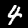
Label: 4